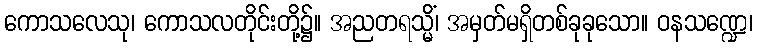
ကောသလေသု၊ ကောသလတိုင်းတို့၌။ အညတရသ္မိံ၊ အမှတ်မရှိတစ်ခုခုသော။ ဝနသဏ္ဍေ၊